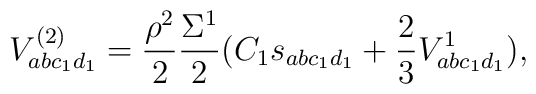
V^{(2)}_{abc_1 d_1} = \frac{\rho^2 }{2}\frac{ \Sigma^1}{2} (C_1s_{abc_1 d_1} + \frac{2}{3} V^1 _{abc_1 d_1}),